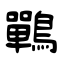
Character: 鷤